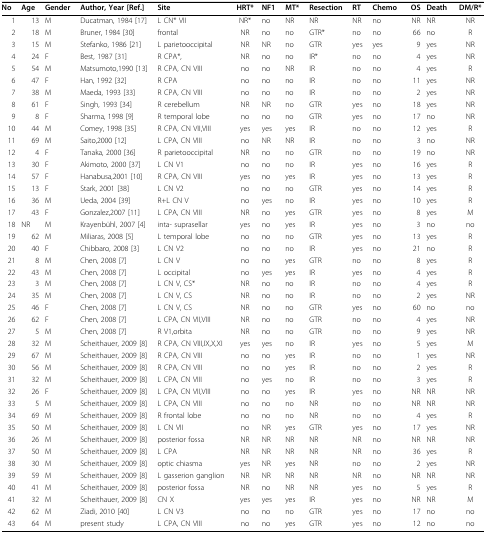
<table><thead><tr><td><b>No</b></td><td><b>Age</b></td><td><b>Gender</b></td><td><b>Author, Year [Ref.]</b></td><td><b>Site</b></td><td><b>HRT*</b></td><td><b>NF1</b></td><td><b>MT*</b></td><td><b>Resection</b></td><td><b>RT</b></td><td><b>Chemo</b></td><td><b>OS</b></td><td><b>Death</b></td><td><b>DM/R*</b></td></tr></thead><tbody><tr><td>1</td><td>13</td><td>M</td><td>Ducatman, 1984 [17]</td><td>L CN* VII</td><td>NR*</td><td>no</td><td>NR</td><td>NR</td><td>NR</td><td>no</td><td>NR</td><td>NR</td><td>NR</td></tr><tr><td>2</td><td>18</td><td>M</td><td>Bruner, 1984 [30]</td><td>frontal</td><td>NR</td><td>no</td><td>no</td><td>GTR*</td><td>no</td><td>no</td><td>66</td><td>no</td><td>R</td></tr><tr><td>3</td><td>15</td><td>M</td><td>Stefanko, 1986 [21]</td><td>L parietooccipital</td><td>NR</td><td>NR</td><td>no</td><td>GTR</td><td>yes</td><td>yes</td><td>9</td><td>yes</td><td>NR</td></tr><tr><td>4</td><td>24</td><td>F</td><td>Best, 1987 [31]</td><td>R CPA*,</td><td>NR</td><td>no</td><td>no</td><td>IR*</td><td>no</td><td>no</td><td>4</td><td>yes</td><td>NR</td></tr><tr><td>5</td><td>54</td><td>M</td><td>Matsumoto,1990 [13]</td><td>R CPA, CN VIII</td><td>no</td><td>no</td><td>NR</td><td>IR</td><td>no</td><td>no</td><td>4</td><td>yes</td><td>R</td></tr><tr><td>6</td><td>47</td><td>F</td><td>Han, 1992 [32]</td><td>R CPA</td><td>no</td><td>no</td><td>no</td><td>IR</td><td>no</td><td>no</td><td>11</td><td>yes</td><td>NR</td></tr><tr><td>7</td><td>38</td><td>M</td><td>Maeda, 1993 [33]</td><td>R CPA, CN VIII</td><td>no</td><td>no</td><td>no</td><td>IR</td><td>no</td><td>no</td><td>2</td><td>yes</td><td>NR</td></tr><tr><td>8</td><td>61</td><td>F</td><td>Singh, 1993 [34]</td><td>R cerebellum</td><td>NR</td><td>NR</td><td>no</td><td>GTR</td><td>yes</td><td>no</td><td>18</td><td>yes</td><td>NR</td></tr><tr><td>9</td><td>8</td><td>F</td><td>Sharma, 1998 [9]</td><td>R temporal lobe</td><td>no</td><td>no</td><td>no</td><td>GTR</td><td>yes</td><td>no</td><td>17</td><td>no</td><td>NR</td></tr><tr><td>10</td><td>44</td><td>M</td><td>Comey, 1998 [35]</td><td>R CPA, CN VII,VIII</td><td>yes</td><td>yes</td><td>yes</td><td>IR</td><td>no</td><td>no</td><td>12</td><td>yes</td><td>R</td></tr><tr><td>11</td><td>69</td><td>M</td><td>Saito,2000 [12]</td><td>L CPA, CN VIII</td><td>no</td><td>NR</td><td>NR</td><td>IR</td><td>no</td><td>no</td><td>3</td><td>no</td><td>NR</td></tr><tr><td>12</td><td>4</td><td>F</td><td>Tanaka, 2000 [36]</td><td>R parietooccipital</td><td>NR</td><td>no</td><td>no</td><td>GTR</td><td>no</td><td>no</td><td>19</td><td>no</td><td>NR</td></tr><tr><td>13</td><td>30</td><td>F</td><td>Akimoto, 2000 [37]</td><td>L CN V1</td><td>no</td><td>no</td><td>no</td><td>IR</td><td>yes</td><td>no</td><td>16</td><td>yes</td><td>R</td></tr><tr><td>14</td><td>57</td><td>F</td><td>Hanabusa,2001 [10]</td><td>R CPA, CN VIII</td><td>yes</td><td>no</td><td>yes</td><td>IR</td><td>yes</td><td>no</td><td>13</td><td>yes</td><td>R</td></tr><tr><td>15</td><td>13</td><td>F</td><td>Stark, 2001 [38]</td><td>L CN V2</td><td>no</td><td>no</td><td>no</td><td>GTR</td><td>yes</td><td>no</td><td>14</td><td>yes</td><td>R</td></tr><tr><td>16</td><td>36</td><td>M</td><td>Ueda, 2004 [39]</td><td>R+L CN V</td><td>no</td><td>yes</td><td>no</td><td>IR</td><td>yes</td><td>no</td><td>10</td><td>yes</td><td>R</td></tr><tr><td>17</td><td>43</td><td>F</td><td>Gonzalez,2007 [11]</td><td>L CPA, CN VIII</td><td>NR</td><td>no</td><td>yes</td><td>GTR</td><td>yes</td><td>no</td><td>8</td><td>yes</td><td>M</td></tr><tr><td>18</td><td>NR</td><td>M</td><td>Krayenbühl, 2007 [4]</td><td>inta- suprasellar</td><td>yes</td><td>no</td><td>yes</td><td>IR</td><td>yes</td><td>no</td><td>3</td><td>no</td><td>no</td></tr><tr><td>19</td><td>62</td><td>M</td><td>Miliaras, 2008 [5]</td><td>L temporal lobe</td><td>no</td><td>no</td><td>no</td><td>GTR</td><td>yes</td><td>no</td><td>13</td><td>yes</td><td>R</td></tr><tr><td>20</td><td>40</td><td>F</td><td>Chibbaro, 2008 [3]</td><td>L CN V2</td><td>no</td><td>no</td><td>no</td><td>IR</td><td>yes</td><td>no</td><td>21</td><td>no</td><td>R</td></tr><tr><td>21</td><td>8</td><td>M</td><td>Chen, 2008 [7]</td><td>L CN V</td><td>no</td><td>no</td><td>yes</td><td>GTR</td><td>no</td><td>no</td><td>8</td><td>yes</td><td>R</td></tr><tr><td>22</td><td>43</td><td>M</td><td>Chen, 2008 [7]</td><td>L occipital</td><td>no</td><td>yes</td><td>yes</td><td>IR</td><td>yes</td><td>no</td><td>4</td><td>yes</td><td>R</td></tr><tr><td>23</td><td>3</td><td>M</td><td>Chen, 2008 [7]</td><td>L CN V, CS*</td><td>NR</td><td>no</td><td>no</td><td>IR</td><td>no</td><td>no</td><td>4</td><td>yes</td><td>R</td></tr><tr><td>24</td><td>35</td><td>M</td><td>Chen, 2008 [7]</td><td>L CN V, CS</td><td>NR</td><td>no</td><td>no</td><td>IR</td><td>no</td><td>no</td><td>2</td><td>yes</td><td>NR</td></tr><tr><td>25</td><td>46</td><td>F</td><td>Chen, 2008 [7]</td><td>L CN V, CS</td><td>NR</td><td>no</td><td>no</td><td>GTR</td><td>yes</td><td>no</td><td>60</td><td>no</td><td>no</td></tr><tr><td>26</td><td>62</td><td>F</td><td>Chen, 2008 [7]</td><td>L CPA, CN VII,VIII</td><td>NR</td><td>no</td><td>no</td><td>GTR</td><td>no</td><td>no</td><td>4</td><td>yes</td><td>NR</td></tr><tr><td>27</td><td>5</td><td>M</td><td>Chen, 2008 [7]</td><td>R V1,orbita</td><td>NR</td><td>no</td><td>no</td><td>GTR</td><td>no</td><td>no</td><td>9</td><td>yes</td><td>NR</td></tr><tr><td>28</td><td>32</td><td>M</td><td>Scheithauer, 2009 [8]</td><td>R CPA, CN VIII,IX,X,XI</td><td>yes</td><td>yes</td><td>no</td><td>IR</td><td>yes</td><td>no</td><td>5</td><td>yes</td><td>M</td></tr><tr><td>29</td><td>67</td><td>M</td><td>Scheithauer, 2009 [8]</td><td>R CPA, CN VIII</td><td>no</td><td>no</td><td>yes</td><td>IR</td><td>no</td><td>no</td><td>1</td><td>yes</td><td>NR</td></tr><tr><td>30</td><td>56</td><td>M</td><td>Scheithauer, 2009 [8]</td><td>R CPA, CN VIII</td><td>no</td><td>no</td><td>yes</td><td>IR</td><td>no</td><td>no</td><td>2</td><td>yes</td><td>R</td></tr><tr><td>31</td><td>32</td><td>M</td><td>Scheithauer, 2009 [8]</td><td>L CPA, CN VIII</td><td>no</td><td>yes</td><td>no</td><td>IR</td><td>no</td><td>no</td><td>3</td><td>yes</td><td>R</td></tr><tr><td>32</td><td>26</td><td>F</td><td>Scheithauer, 2009 [8]</td><td>L CPA, CN VII,VIII</td><td>no</td><td>no</td><td>yes</td><td>IR</td><td>yes</td><td>no</td><td>NR</td><td>NR</td><td>NR</td></tr><tr><td>33</td><td>5</td><td>M</td><td>Scheithauer, 2009 [8]</td><td>L CPA, CN VIII</td><td>no</td><td>no</td><td>no</td><td>NR</td><td>no</td><td>no</td><td>NR</td><td>NR</td><td>NR</td></tr><tr><td>34</td><td>69</td><td>M</td><td>Scheithauer, 2009 [8]</td><td>R frontal lobe</td><td>no</td><td>no</td><td>no</td><td>NR</td><td>no</td><td>no</td><td>4</td><td>yes</td><td>R</td></tr><tr><td>35</td><td>50</td><td>M</td><td>Scheithauer, 2009 [8]</td><td>L CN VII</td><td>no</td><td>NR</td><td>yes</td><td>GTR</td><td>yes</td><td>no</td><td>17</td><td>yes</td><td>NR</td></tr><tr><td>36</td><td>26</td><td>M</td><td>Scheithauer, 2009 [8]</td><td>posterior fossa</td><td>NR</td><td>NR</td><td>NR</td><td>NR</td><td>NR</td><td>no</td><td>NR</td><td>NR</td><td>NR</td></tr><tr><td>37</td><td>50</td><td>M</td><td>Scheithauer, 2009 [8]</td><td>L CPA</td><td>NR</td><td>NR</td><td>NR</td><td>NR</td><td>NR</td><td>no</td><td>36</td><td>yes</td><td>R</td></tr><tr><td>38</td><td>30</td><td>M</td><td>Scheithauer, 2009 [8]</td><td>optic chiasma</td><td>yes</td><td>NR</td><td>yes</td><td>NR</td><td>no</td><td>no</td><td>2</td><td>yes</td><td>NR</td></tr><tr><td>39</td><td>59</td><td>M</td><td>Scheithauer, 2009 [8]</td><td>L gasserion ganglion</td><td>NR</td><td>NR</td><td>NR</td><td>NR</td><td>NR</td><td>no</td><td>NR</td><td>NR</td><td>NR</td></tr><tr><td>40</td><td>41</td><td>M</td><td>Scheithauer, 2009 [8]</td><td>posterior fossa</td><td>NR</td><td>no</td><td>NR</td><td>NR</td><td>yes</td><td>no</td><td>5</td><td>yes</td><td>R</td></tr><tr><td>41</td><td>32</td><td>M</td><td>Scheithauer, 2009 [8]</td><td>CN X</td><td>yes</td><td>yes</td><td>yes</td><td>IR</td><td>yes</td><td>no</td><td>NR</td><td>NR</td><td>M</td></tr><tr><td>42</td><td>62</td><td>M</td><td>Ziadi, 2010 [40]</td><td>L CN V3</td><td>no</td><td>no</td><td>no</td><td>GTR</td><td>yes</td><td>no</td><td>17</td><td>no</td><td>no</td></tr><tr><td>43</td><td>64</td><td>M</td><td>present study</td><td>L CPA, CN VIII</td><td>no</td><td>no</td><td>yes</td><td>GTR</td><td>yes</td><td>no</td><td>12</td><td>no</td><td>no</td></tr></tbody></table>